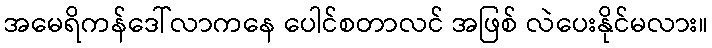
အမေရိကန်ဒေါ်လာကနေ ပေါင်စတာလင် အဖြစ် လဲပေးနိုင်မလား။